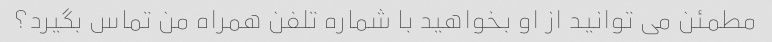
مطمئن می توانید از او بخواهید با شماره تلفن همراه من تماس بگیرد؟